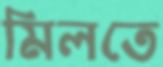
মিলতে